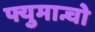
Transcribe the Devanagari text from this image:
फ्युमान्चो